Riigikantselei, lk 13
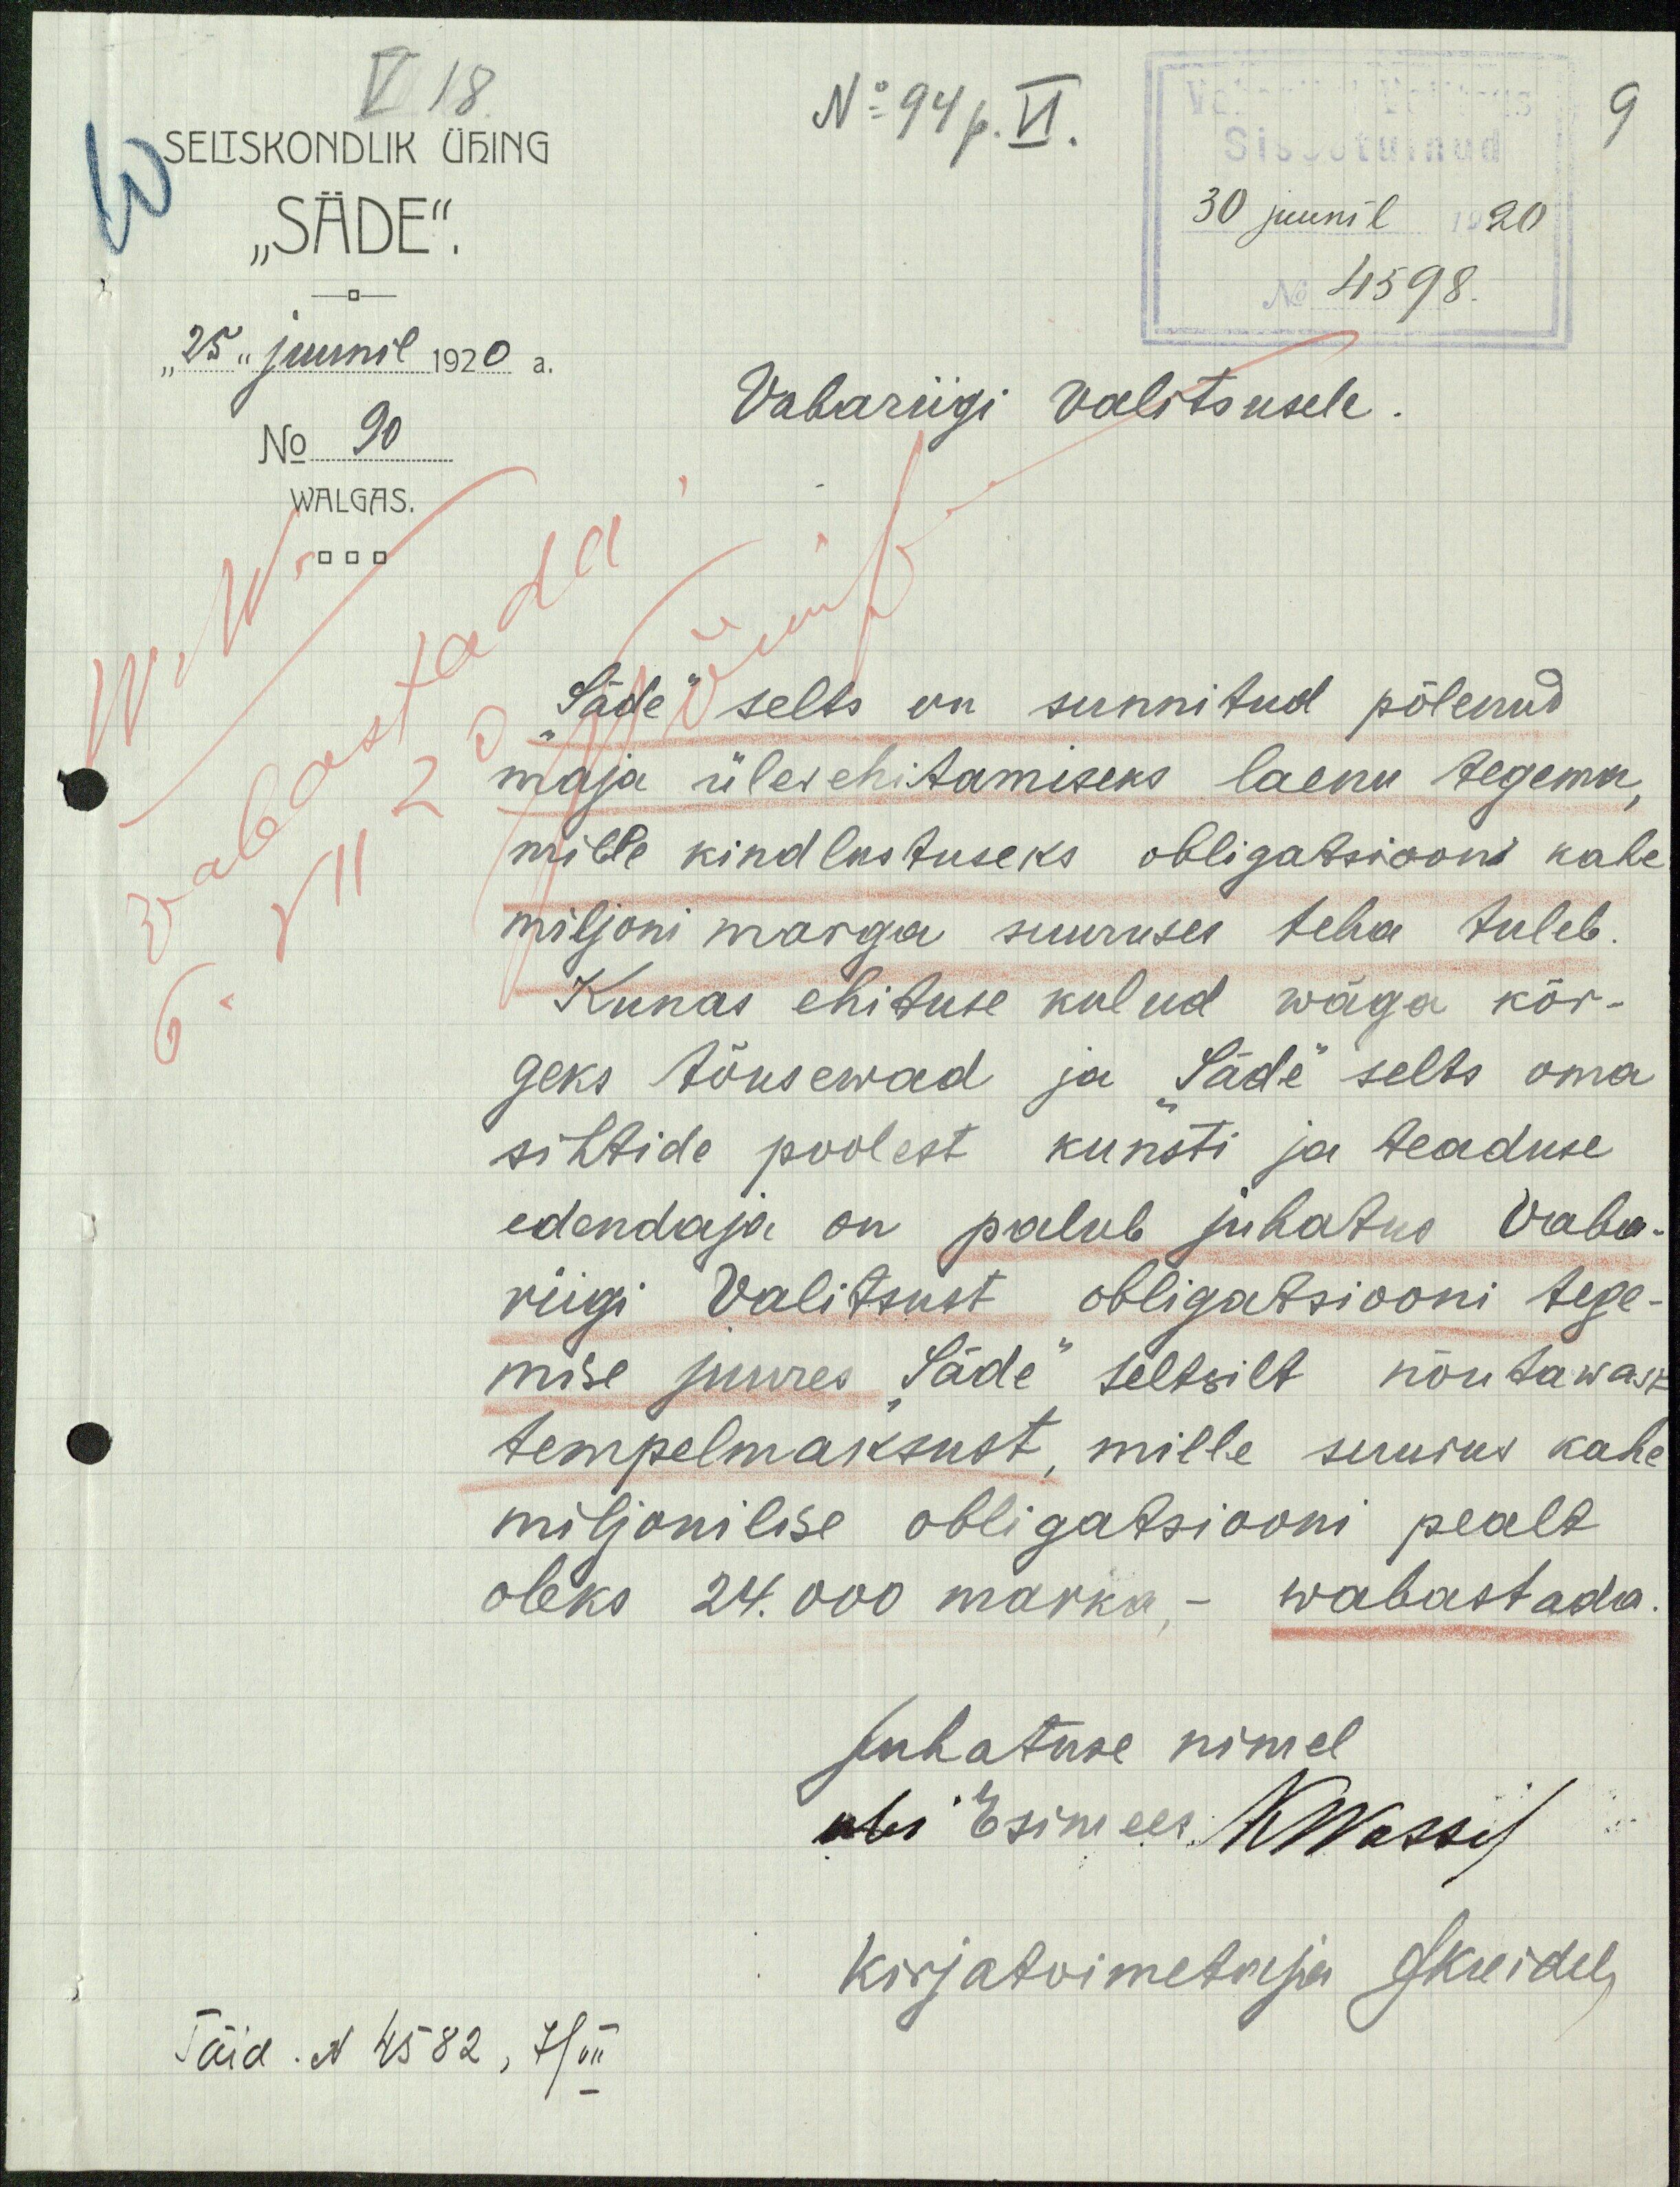
SELTSKONDLIK ÜHING
"SÄDE",
30 juunil 1920
4598.
"25" juunil 1920 a.
No 90
Vabariigi valitsusele
WALGAS.
"Säde" selts on sunnitud põlenud
maja ülesehitamiseks laenu tegema,
mille kindlustuseks obligatsiooni kahe
miljoni marga suuruses teha tuleb.
Kunas ehituse kulud wäga kõr-
geks tõusewad ja Säde selts oma
sihtide poolest kunsti ja teaduse
edendaja on palub juhatus Vaba-
riigi Valitsust obligatsiooni tege-
mise juures "Säde" seltsilt nõutawast
tempelmaksust, mille suurus kahe
miljonilise obligatsiooni pealt
oleks 24.000 marka - wabastada
juhatuse nimel
abi Esimees
kirjatoimetaja
Täid N 4582, 7/VII